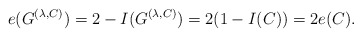
\begin{align*} e(G^{(\lambda,C)}) = 2-I(G^{(\lambda,C)}) = 2(1-I(C)) = 2e(C).\end{align*}